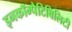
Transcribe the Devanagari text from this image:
इनकॉम्पैटिबिलिटी